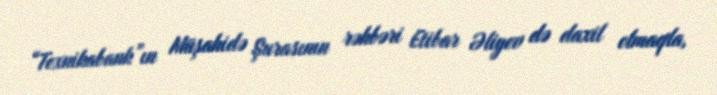
“Texnikabank”ın Müşahidə Şurasının rəhbəri Etibar Əliyev də daxil olmaqla,